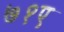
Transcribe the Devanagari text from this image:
७१ए